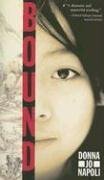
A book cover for Bound; Donna Jo Napoli; Teen & Young Adult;